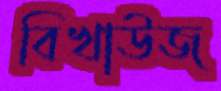
বিখাউজ